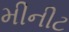
મીનીટ